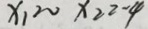
x _ { 1 } = 0 x _ { 2 } = - 4